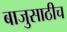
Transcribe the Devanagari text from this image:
बाजुसाठीच